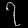
Digit: ၇